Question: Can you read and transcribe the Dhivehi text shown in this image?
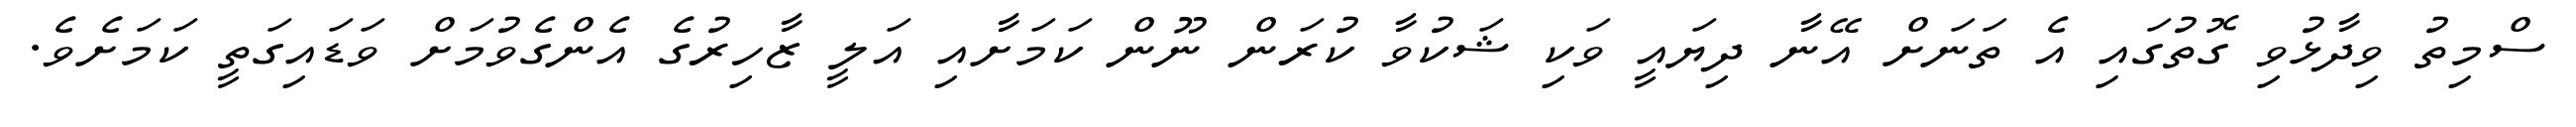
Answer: ސްމިތު ވިދާޅުވި ގޮތުގައި އެ ތަނަށް އޭނާ ދިޔައީ ވަކި ޝަކުވާ ކުރަން ނޫން ކަމަށާއި އަލީ ޒާހިރުގެ އެންގެވުމަށް ވަޑައިގަތީ ކަމަށެވެ.